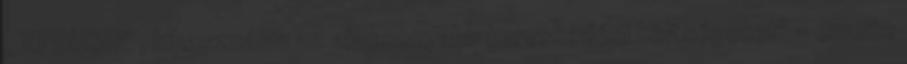
„XPDUSD" , kihasználva az alacsonyabb kereskedési költségeket" – emelte